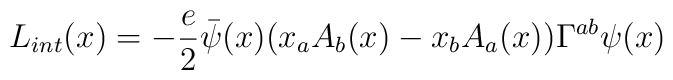
L_{int}(x)= -\frac{e}{2}\bar{\psi}(x)(x_aA_b(x)-x_bA_a(x))\Gamma^{ab}\psi(x)